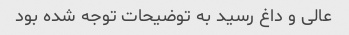
عالی و داغ رسید به توضیحات توجه شده بود